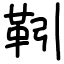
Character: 靷